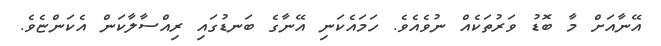
އޭނާއަށް މާ ބޮޑު ވަރުތަކެއް ނުވެއެވެ. ހަމައެކަނި އޭނާގެ ބަނޑުގައި ރިއްސާލާކަން އެކަންޏެވެ.